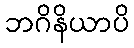
ဘဂိနိယာပိ